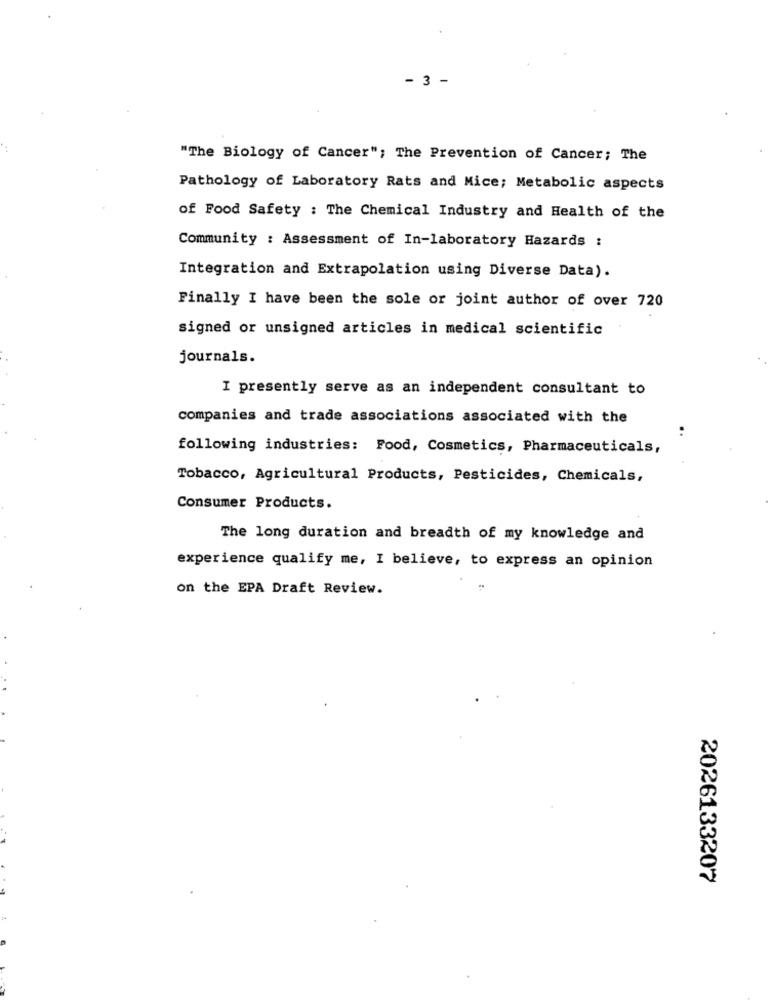
- 3 -
"The Biology of Cancer"; The Prevention of Cancer; The
Pathology of Laboratory Rats and Mice; Metabolic aspects
of Food Safety : The Chemical Industry and Health of the
Community : Assessment of In-laboratory Hazards :
Integration and Extrapolation using Diverse Data).
Finally I have been the sole or joint author of over 720
signed or unsigned articles in medical scientific
journals.
I presently serve as an independent consultant to
companies and trade associations associated with the
following industries: Food, Cosmetics, Pharmaceuticals,
Tobacco, Agricultural Products, Pesticides, Chemicals,
Consumer Products.
The long duration and breadth of my knowledge and
experience qualify me, I believe, to express an opinion
on the EPA Draft Review.
2026133207